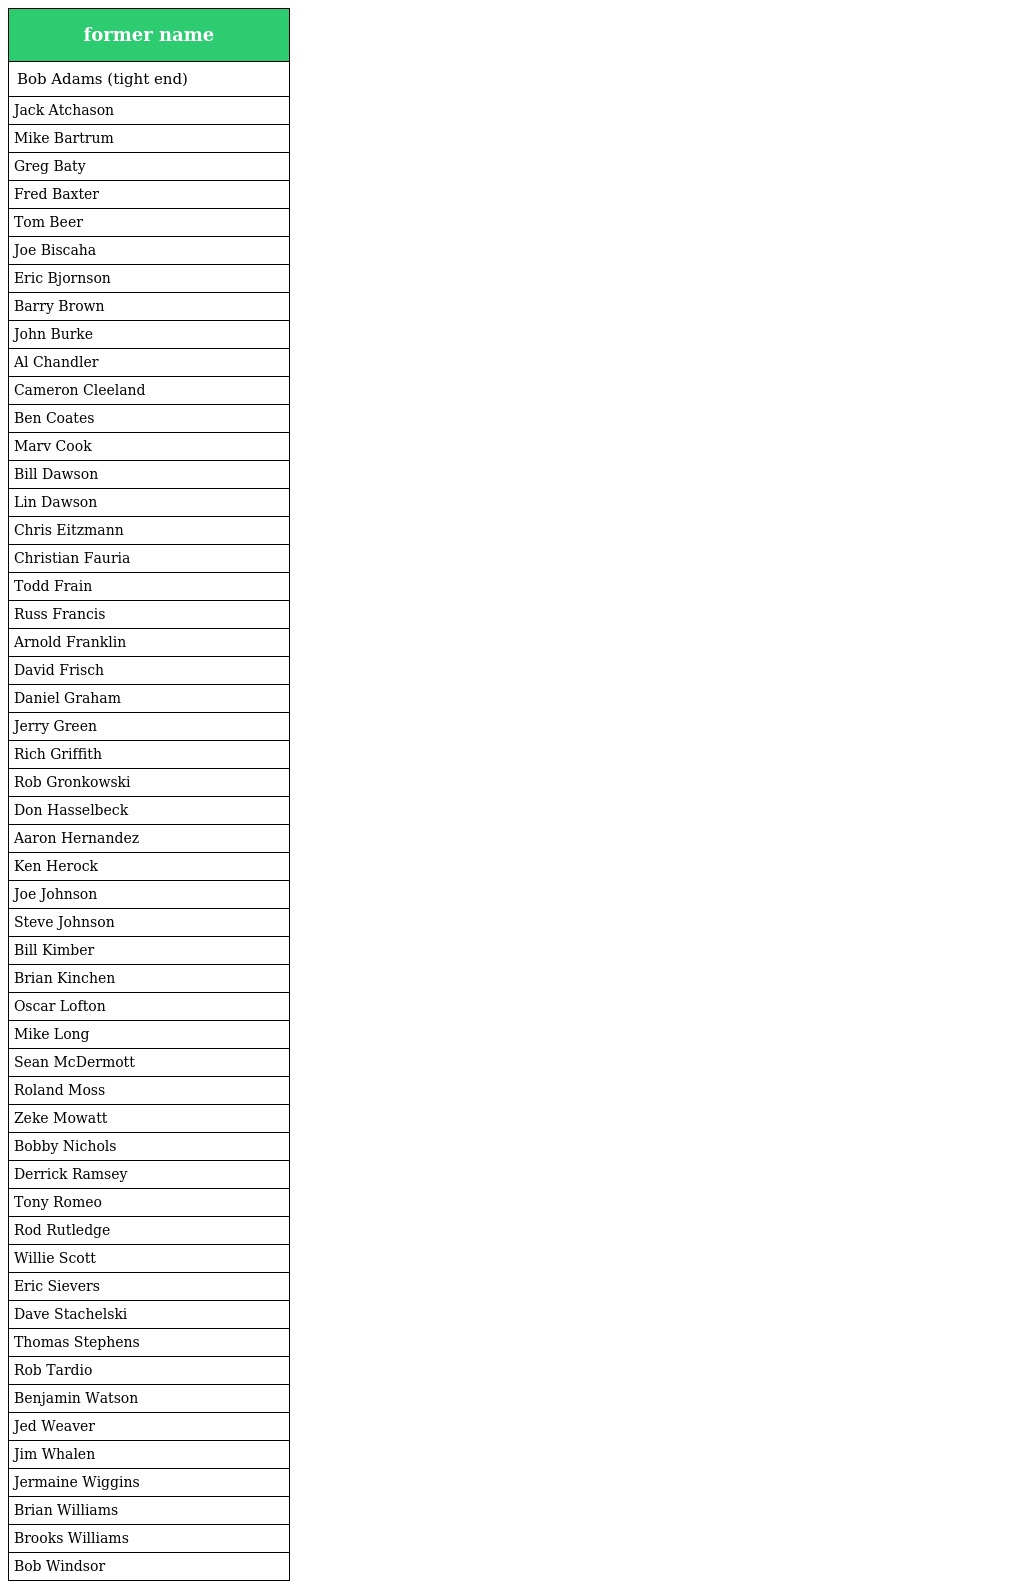
| former name |
 | --- |
 | Bob Adams (tight end) |
 | Jack Atchason |
 | Mike Bartrum |
 | Greg Baty |
 | Fred Baxter |
 | Tom Beer |
 | Joe Biscaha |
 | Eric Bjornson |
 | Barry Brown |
 | John Burke |
 | Al Chandler |
 | Cameron Cleeland |
 | Ben Coates |
 | Marv Cook |
 | Bill Dawson |
 | Lin Dawson |
 | Chris Eitzmann |
 | Christian Fauria |
 | Todd Frain |
 | Russ Francis |
 | Arnold Franklin |
 | David Frisch |
 | Daniel Graham |
 | Jerry Green |
 | Rich Griffith |
 | Rob Gronkowski |
 | Don Hasselbeck |
 | Aaron Hernandez |
 | Ken Herock |
 | Joe Johnson |
 | Steve Johnson |
 | Bill Kimber |
 | Brian Kinchen |
 | Oscar Lofton |
 | Mike Long |
 | Sean McDermott |
 | Roland Moss |
 | Zeke Mowatt |
 | Bobby Nichols |
 | Derrick Ramsey |
 | Tony Romeo |
 | Rod Rutledge |
 | Willie Scott |
 | Eric Sievers |
 | Dave Stachelski |
 | Thomas Stephens |
 | Rob Tardio |
 | Benjamin Watson |
 | Jed Weaver |
 | Jim Whalen |
 | Jermaine Wiggins |
 | Brian Williams |
 | Brooks Williams |
 | Bob Windsor |